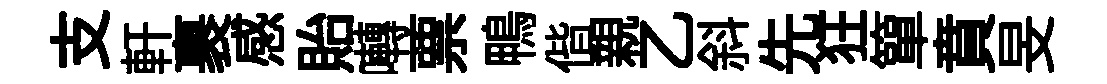
支軒裹感貽囀票鴨偕親乙斜先狂簞賁旻